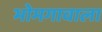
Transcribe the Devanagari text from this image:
भोमगावाला